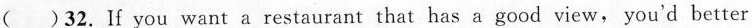
（）32. If you want a restaurant that has a good view, you'd better